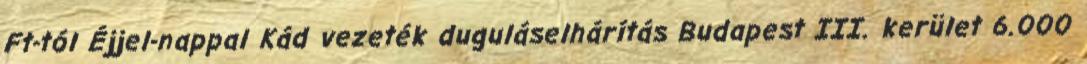
Ft-tól Éjjel-nappal Kád vezeték duguláselhárítás Budapest III. kerület 6.000